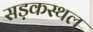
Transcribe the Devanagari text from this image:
सड़कस्थल